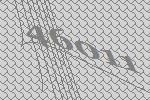
46011